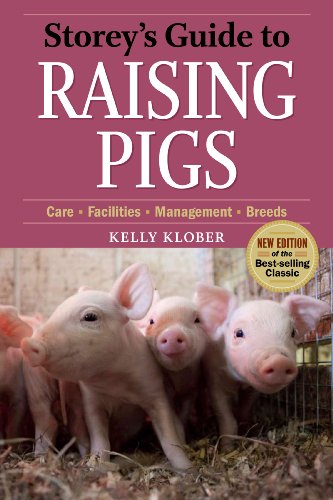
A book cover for Storey's Guide to Raising Pigs, 3rd Edition; Kelly Klober; Medical Books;